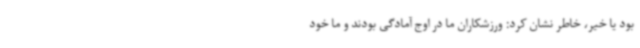
بود یا خیر، خاطر نشان کرد: ورزشکاران ما در اوج آمادگی بودند و ما خود